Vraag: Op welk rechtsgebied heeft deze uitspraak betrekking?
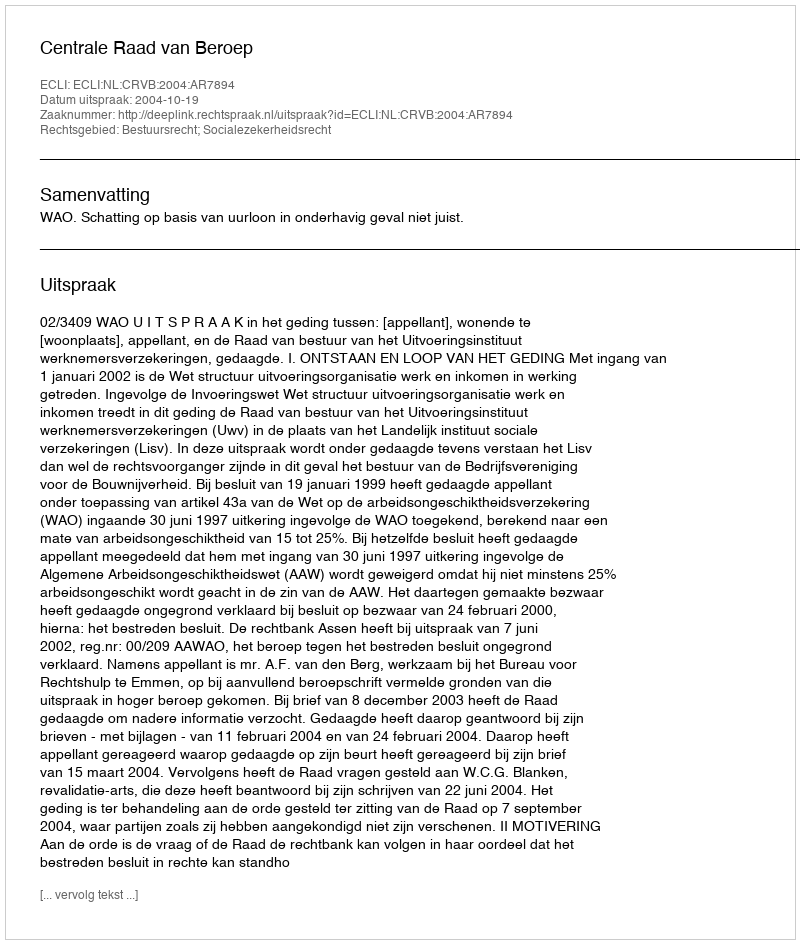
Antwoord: Bestuursrecht; Socialezekerheidsrecht